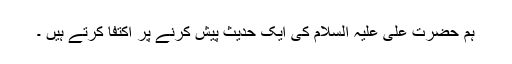
ہم حضرت علی علیہ السلام کی ایک حدیث پیش کرنے پر اکتفا کرتے ہیں ۔